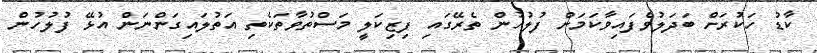
ކާޑު ހަކުރަށް ބަދަލުވެފައިވާކަމަށް ފުލުހުން ތެރޭގައި ފިޒިކަލީ މަސްތުވާތަކެތި އަތުލައިގަންނަން އުޅޭ ފުލުހުން